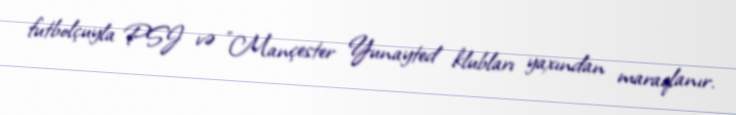
futbolçuyla PSJ və "Mançester Yunayted klubları yaxından maraqlanır.